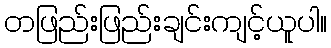
တဖြည်းဖြည်းချင်းကျင့်ယူပါ။